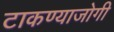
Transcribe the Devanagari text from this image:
टाकण्याजोगी